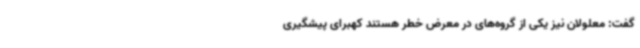
گفت: معلولان نیز یکی از گروه‌های در معرض خطر هستند کهبرای پیشگیری